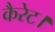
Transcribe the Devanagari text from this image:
कैरेट।